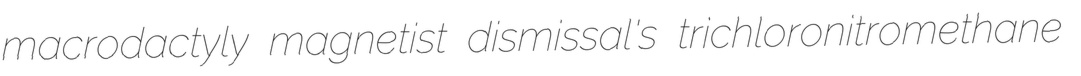
macrodactyly magnetist dismissal's trichloronitromethane